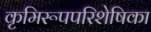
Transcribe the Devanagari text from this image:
कृमिरूपपरिशेषिका